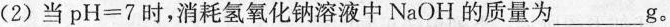
(2)当pH=7时，消耗氢氧化钠溶液中NaOH的质量为_________。